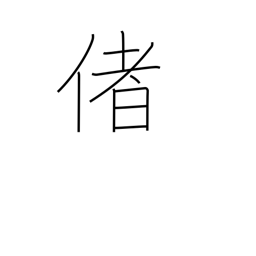
Meaning: well